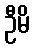
ဦမိ